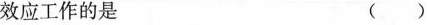
效应工作的是 ()